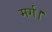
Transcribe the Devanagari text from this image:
मर्ग।